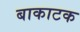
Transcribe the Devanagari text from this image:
बाकाटक